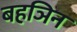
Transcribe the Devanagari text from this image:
बहञिन